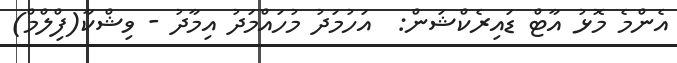
އެންމެ މޮޅު އާޓް ޑައިރެކްޝަން:  އަހުމަދު މުހައްމަދު އިމާދު - ވިޝްކާ(ފިްލްމް)